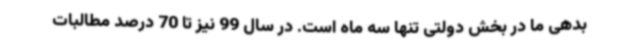
بدهی ما در بخش دولتی تنها سه ماه است. در سال 99 نیز تا 70 درصد مطالبات